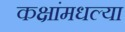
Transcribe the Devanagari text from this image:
कक्षांमधल्या